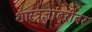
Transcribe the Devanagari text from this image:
शास्त्रज्ञांबरोबर